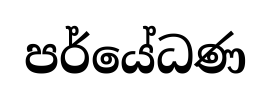
පර්යේධණ